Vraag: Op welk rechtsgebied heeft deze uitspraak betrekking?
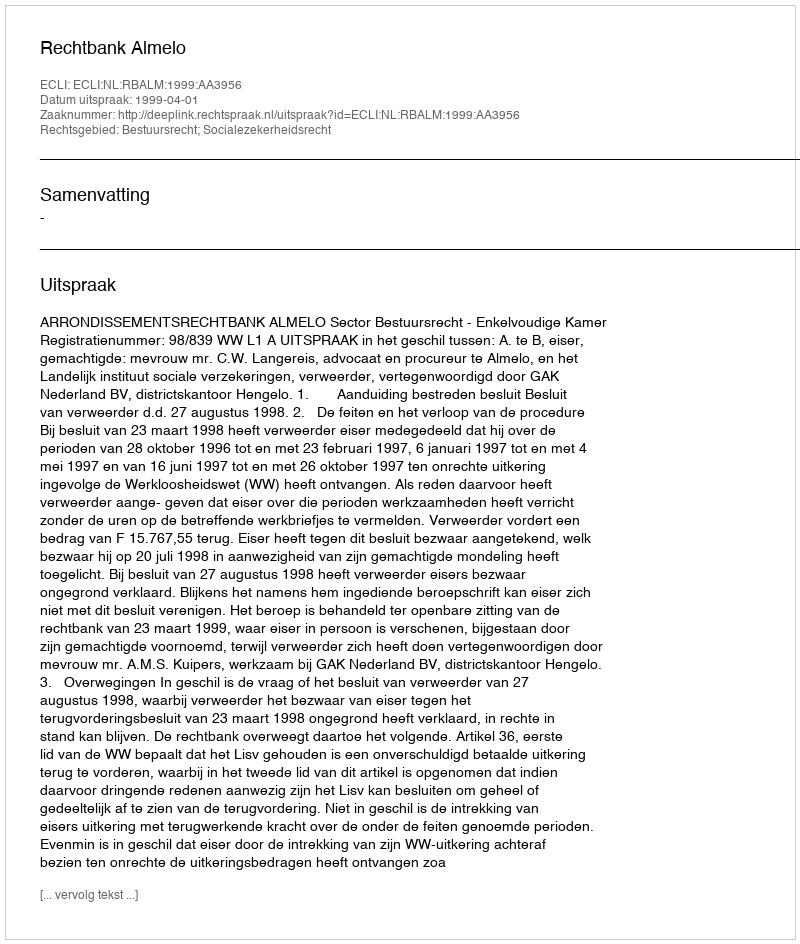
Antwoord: Bestuursrecht; Socialezekerheidsrecht